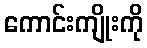
ကောင်းကျိုးကို